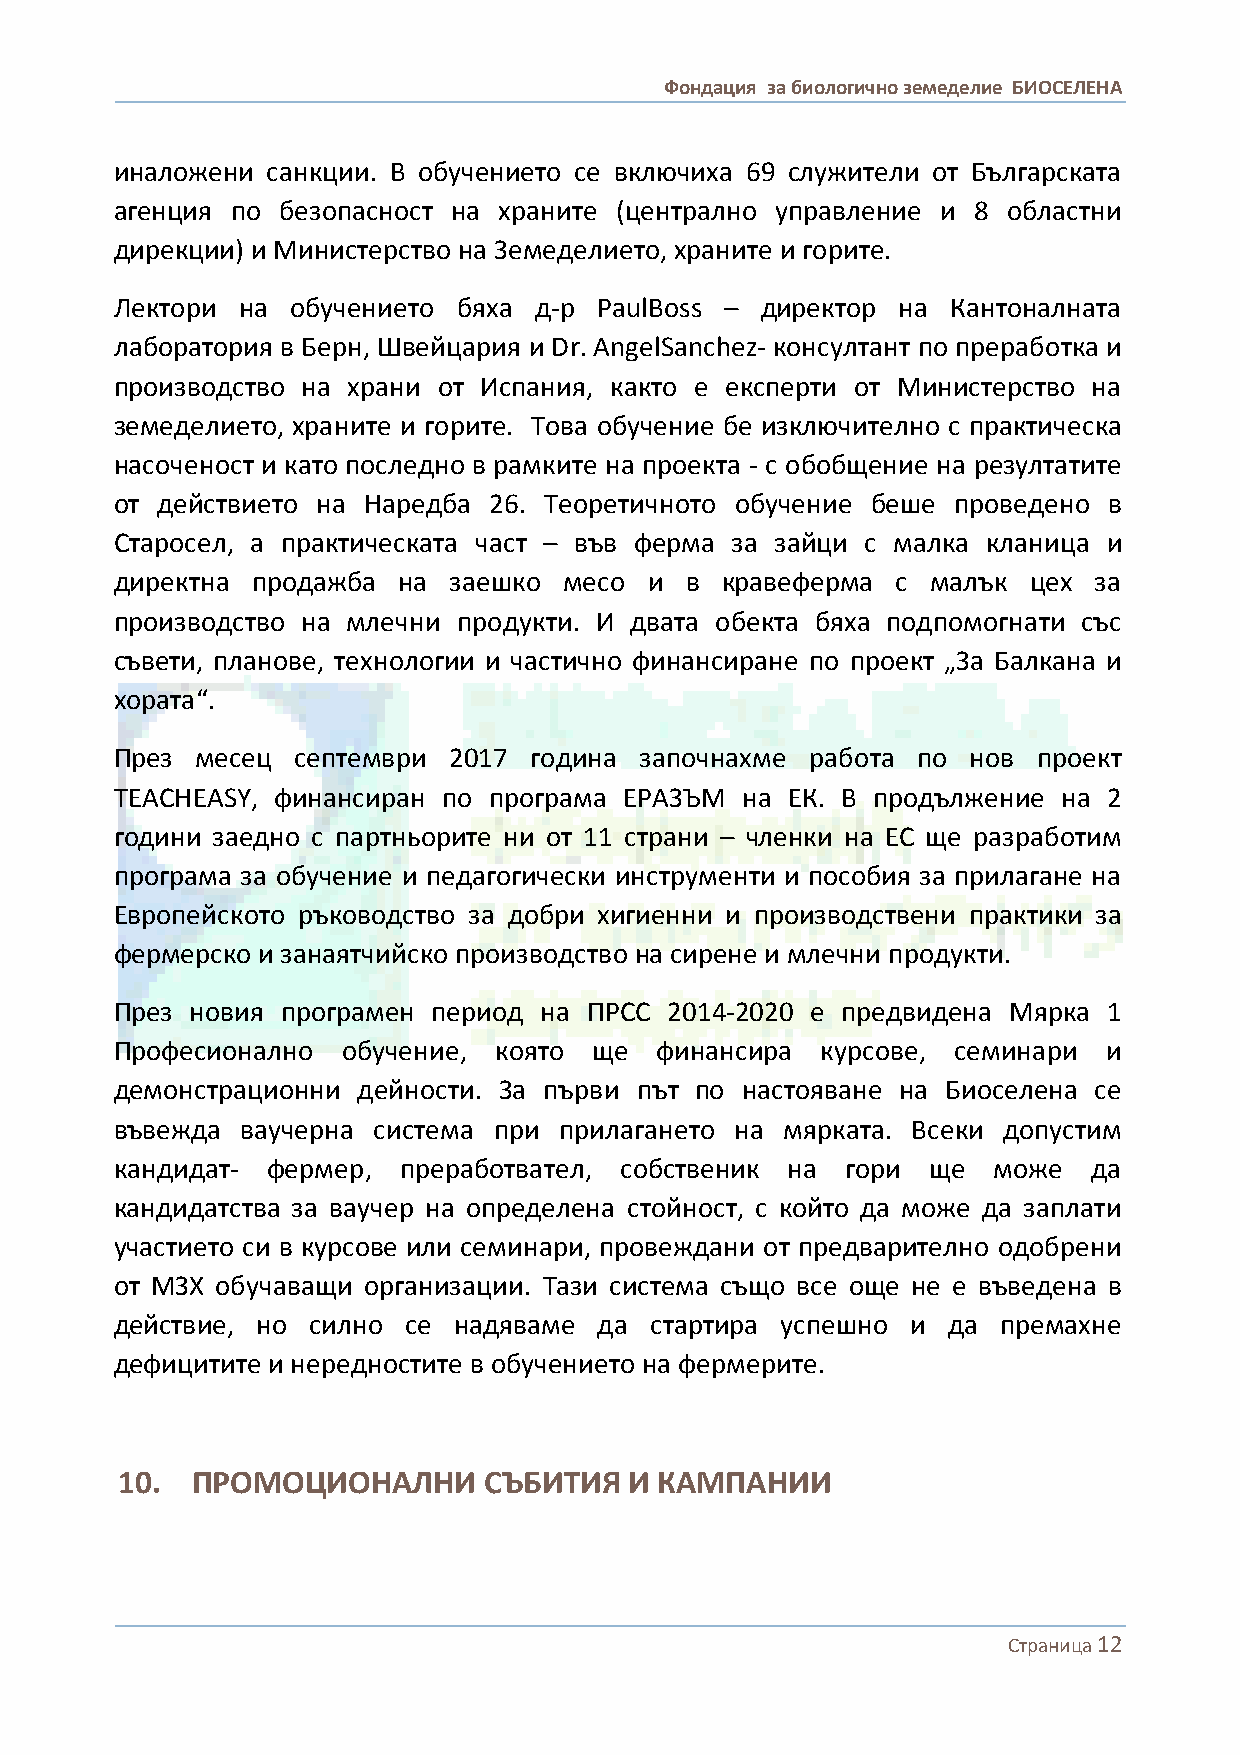
Фондация за биологично земеделие БИОСЕЛЕНА
 иналожени санкции. В обучението се включиха 69 служители от Българската
 агенция по безопасност на храните (централно управление и 8 областни
 дирекции) и Министерство на Земеделието, храните и горите.
 Лектори на обучението бяха д-р PaulBoss – директор  на Кантоналната
 лаборатория в Берн, Швейцария и Dr. AngelSanchez- консултант по преработка и
 производство на храни от Испания, както е експерти от Министерство на
 земеделието, храните и горите. Това обучение бе изключително с практическа
 насоченост и като последно в рамките на проекта - с обобщение на резултатите
 от действието на Наредба 26. Теоретичното обучение беше проведено в
 Старосел, а практическата част – във ферма за зайци с малка кланица и
 директна продажба на  заешко месо  и в  кравеферма с  малък цех за
 производство на млечни продукти. И двата обекта бяха подпомогнати със
 съвети, планове, технологии и частично финансиране по проект „За Балкана и
 хората“.
 През месец септември  2017 година започнахме  работа по нов  проект
 TEACHEASY, финансиран по програма ЕРАЗЪМ на ЕК. В продължение на 2
 години заедно с партньорите ни от 11 страни – членки на ЕС ще разработим
 програма за обучение и педагогически инструменти и пособия за прилагане на
 Европейското ръководство за добри хигиенни и производствени практики за
 фермерско и занаятчийско производство на сирене и млечни продукти.
 През новия програмен период на ПРСС 2014-2020 е предвидена Мярка 1
 Професионално  обучение, която ще  финансира  курсове, семинари  и
 демонстрационни дейности. За първи път по настояване на Биоселена се
 въвежда ваучерна система при прилагането на мярката. Всеки допустим
 кандидат- фермер, преработвател, собственик на  гори  ще  може  да
 кандидатства за ваучер на определена стойност, с който да може да заплати
 участието си в курсове или семинари, провеждани от предварително одобрени
 от МЗХ обучаващи организации. Тази система също все още не е въведена в
 действие, но силно се надяваме  да стартира успешно и  да премахне
 дефицитите и нередностите в обучението на фермерите.
 10.  ПРОМОЦИОНАЛНИ      СЪБИТИЯ   И КАМПАНИИ
 Страница 12